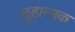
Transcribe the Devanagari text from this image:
लुहान्सक